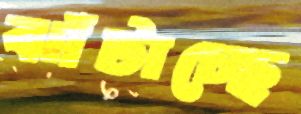
ঝাঁটাচ্ছে